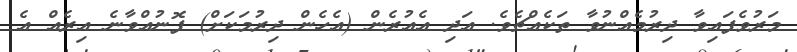
މަރުވެފައިވާ ދިރުމެއްނުވާ ތަކެއްޗެވެ. އަދި އެއުރެން (އެހެން ދިރުމަކަށް) ފޮނުއްވާނެ އިރެއް އެ